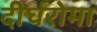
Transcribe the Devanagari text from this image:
दीर्घरोमा